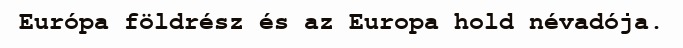
Európa földrész és az Europa hold névadója.